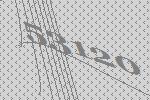
53120